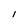
Character: 1